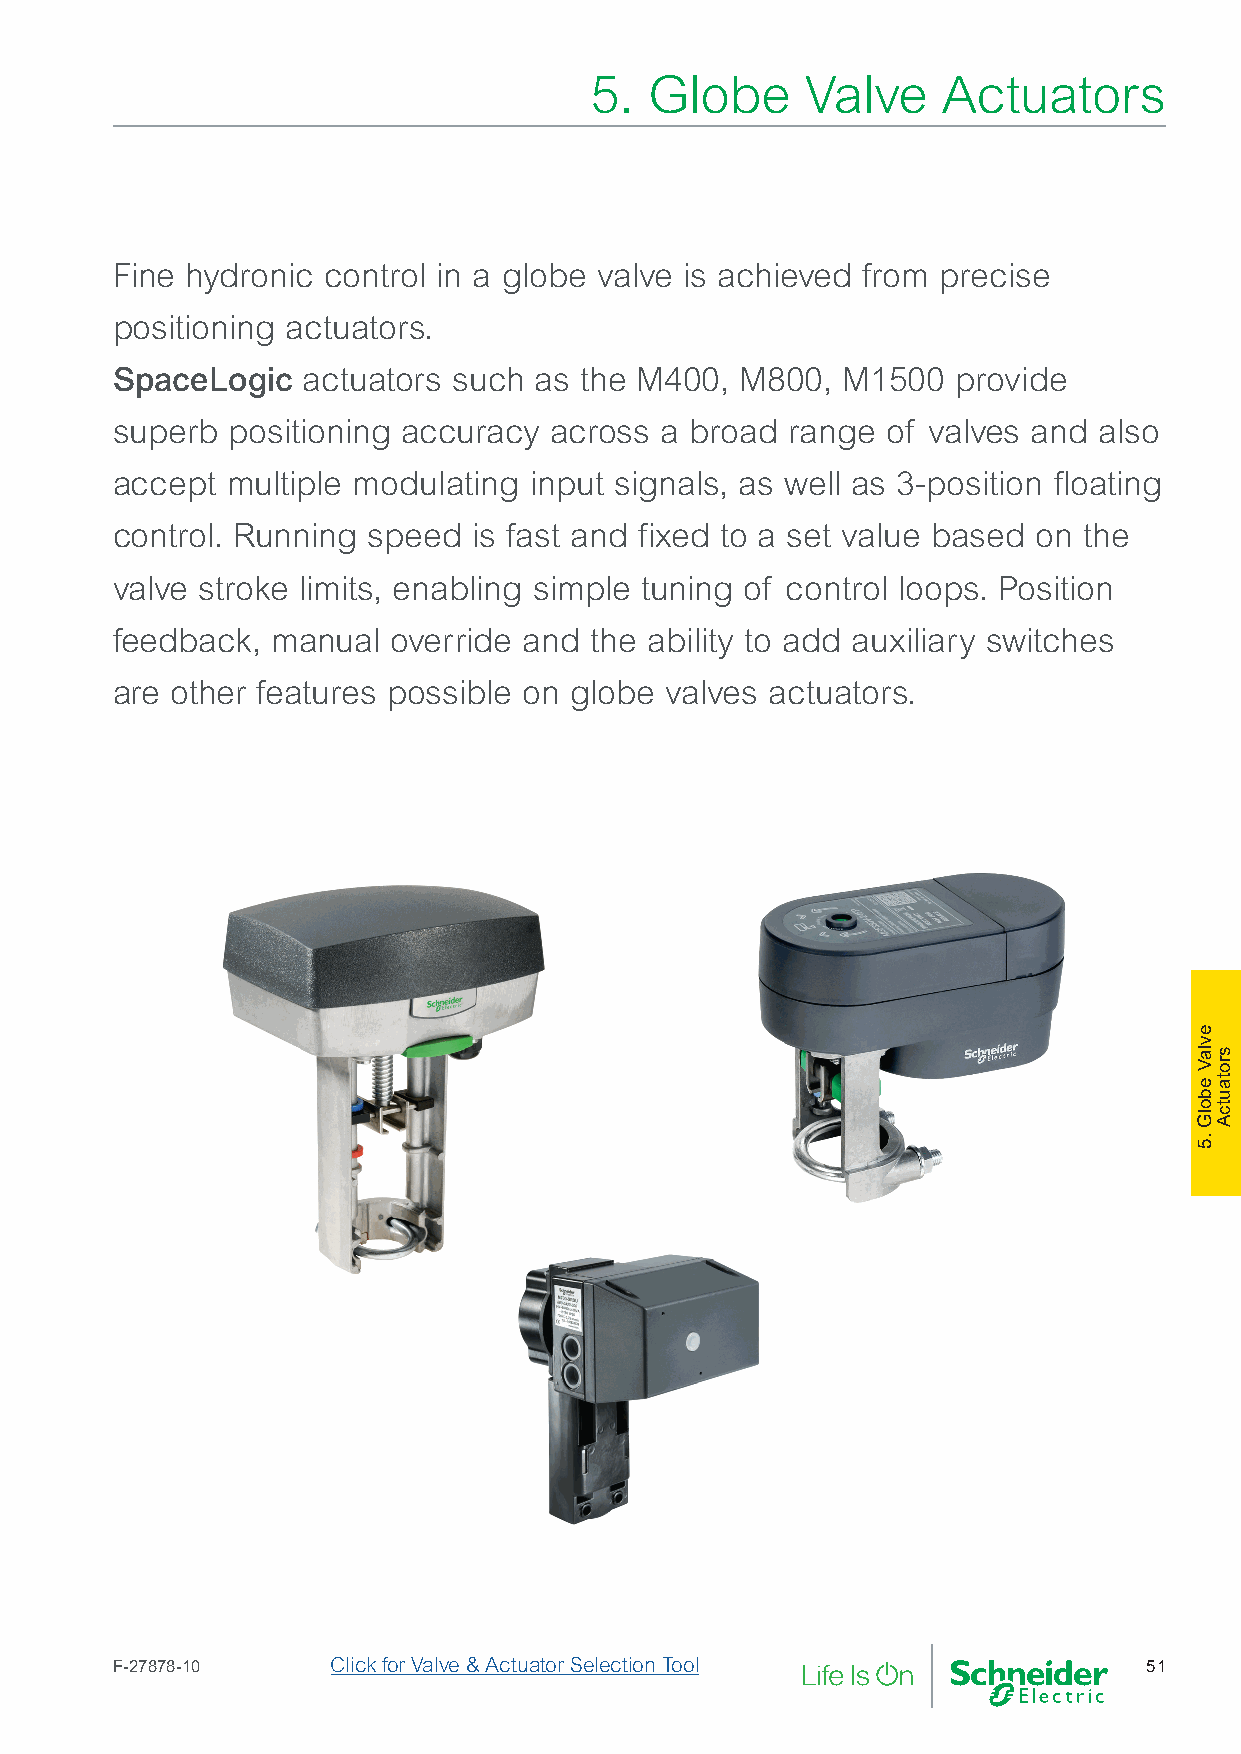
5.  Globe     Valve    Actuators
 Fine hydronic control in a globe valve is achieved from precise
 positioning actuators.
 SpaceLogic   actuators such as the M400,  M800,  M1500  provide
 superb  positioning accuracy across  a broad range  of valves and also
 accept  multiple modulating input signals, as well as 3-position floating
 control. Running speed  is fast and fixed to a set value based on the
 valve stroke limits, enabling simple tuning of control loops. Position
 feedback,  manual  override and the ability to add auxiliary switches
 are other features possible on globe valves actuators.
 F-27878-10     Click for Valve & Actuator Selection Tool             51
 evlaV
 ebolG
 .5
 srotautcA